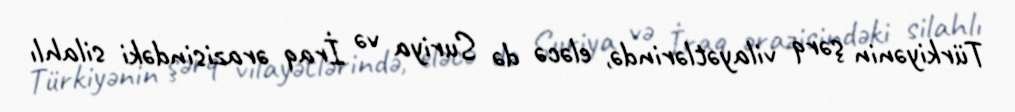
Türkiyənin şərq vilayətlərində, eləcə də Suriya və İraq ərazisindəki silahlı